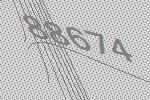
88674